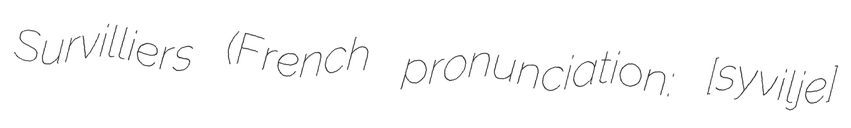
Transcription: Survilliers (French pronunciation: [syʁvilje]